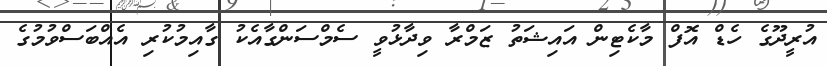
އުރީދޫގެ ހެޑް އޮފް މާކެޓިން އައިޝަތު ޒަމްރާ ވިދާޅުވީ ސެމްސަންގާއެކު ގާއިމުކުރި އެއްބަސްވުމުގެ